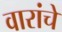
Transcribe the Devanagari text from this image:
वारांचे